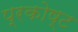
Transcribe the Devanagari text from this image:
प्रकोष्ट